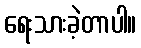
ရေးသားခဲ့တာပါ။